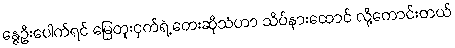
နွေဦးပေါက်ရင် မြေတူးငှက်ရဲ့ တေးဆိုသံဟာ သိပ်နားထောင် လို့ကောင်းတယ်